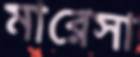
মারেসা